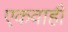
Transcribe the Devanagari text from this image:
एकवाही